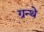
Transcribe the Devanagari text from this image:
ग्रन्थे